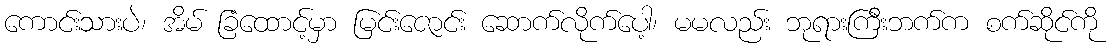
ကောင်းသားပဲ၊ အိမ် ခြံထောင့်မှာ မြင်းဇောင်း ဆောက်လိုက်ပေါ့၊ မမလည်း ဘုရားကြီးဘက်က စက်ဆိုင်ကို